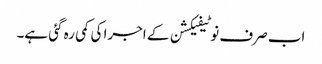
اب صرف نوٹیفیکشن کے اجرا کی کمی رہ گئی ہے۔